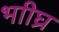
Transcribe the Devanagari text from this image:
भाीघ्र